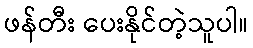
ဖန်တီး ပေးနိုင်တဲ့သူပါ။